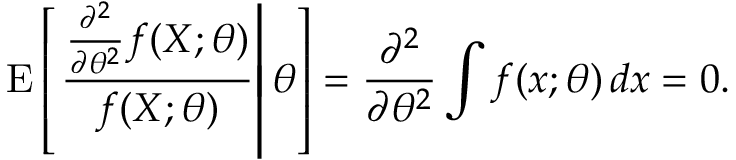
\operatorname { E } \left[ \left. { \frac { { \frac { \partial ^ { 2 } } { \partial \theta ^ { 2 } } } f ( X ; \theta ) } { f ( X ; \theta ) } } \right| \theta \right] = { \frac { \partial ^ { 2 } } { \partial \theta ^ { 2 } } } \int f ( x ; \theta ) \, d x = 0 .